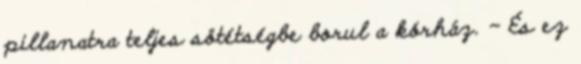
pillanatra teljes sötétségbe borul a kórház. - És ez